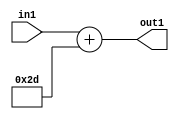
`timescale 1ps / 1ps
/*****************************************************************************
    Verilog RTL Description
    
    
    Created by: Stratus DpOpt 2019.1.01 
*******************************************************************************/

module DC_Filter_Add_12U_159_1 (
	in1,
	out1
	); /* architecture "behavioural" */ 
input [11:0] in1;
output [11:0] out1;
wire [11:0] asc001;

assign asc001 = 
	+(in1)
	+(12'B000000101101);

assign out1 = asc001;
endmodule

/* CADENCE  urj4Qgw= : u9/ySgnWtBlWxVPRXgAZ4Og= ** DO NOT EDIT THIS LINE ******/